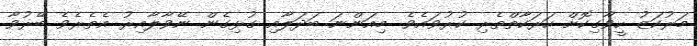
މަރުކަޒު ހީވާގިކޮށް ހަރަކާތްތެރި ކުރުވައެވެ. މިއަންނަ ބަދަލާއި ގުޅިގެން ނޭވާލާއިރު އެތެރެވެ ބޭރުވާ